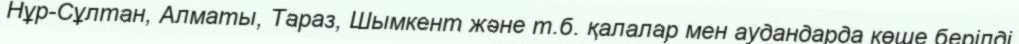
Нұр-Сұлтан, Алматы, Тараз, Шымкент және т.б. қалалар мен аудандарда көше берілді